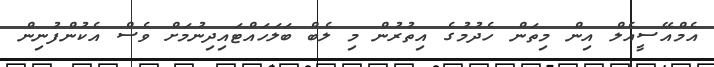
އެމްއޭސީއެލް އިން މިތަން ހެދުމުގެ އިތުރުން މި ލެބް ބަލަހައްޓައިދިނުމަށް ވެސް އެކުންފުނިން